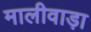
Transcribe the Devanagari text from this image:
मालीवाड़ा